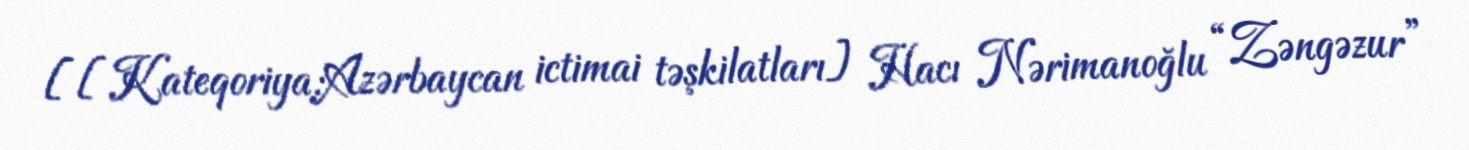
[[Kateqoriya:Azərbaycan ictimai təşkilatları] Hacı Nərimanoğlu “Zəngəzur”